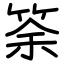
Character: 筡